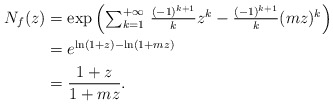
\begin{align*} N_f(z)&=\exp\left(\textstyle\sum_{k=1}^{+\infty} \, \frac{(-1)^{k+1}}{k}z^k - \frac{(-1)^{k+1}}{k}(mz)^k\right) \\ &= e^{\ln(1+z) - \ln(1+mz)} \\ &= \dfrac{1+z}{1+mz}. \end{align*}